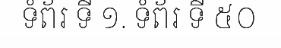
ទំព័រ ទី ១. ទំព័រ ទី ៥០